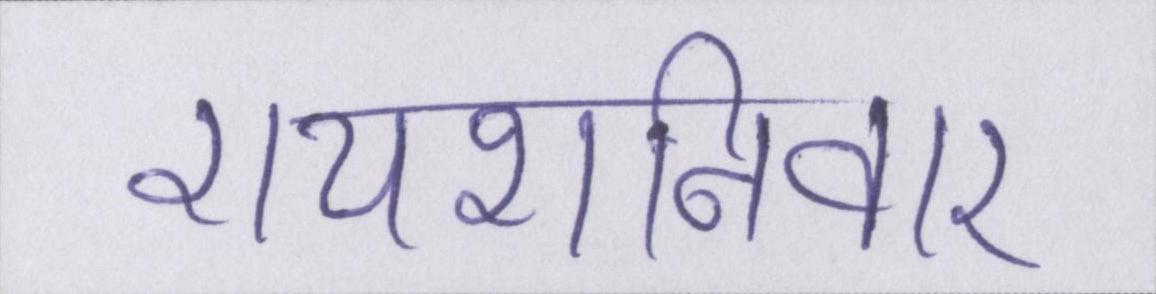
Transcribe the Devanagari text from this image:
रायशनिवार